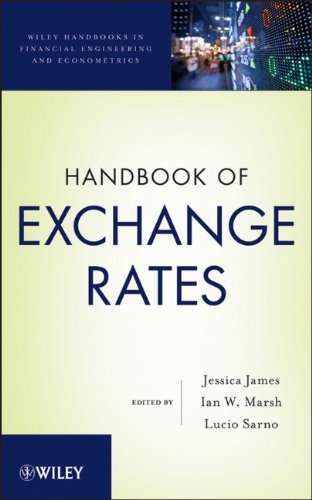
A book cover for Handbook of Exchange Rates; Business & Money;